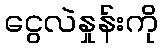
ငွေလဲနှုန်းကို